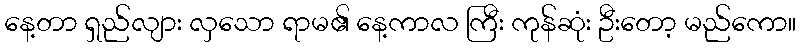
နေ့တာ ရှည်လျား လှသော ရာမ၏ နေ့ကာလ ကြီး ကုန်ဆုံး ဦးတော့ မည်ကော။